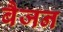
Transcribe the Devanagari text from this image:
बैजन